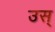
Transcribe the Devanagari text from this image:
उस्